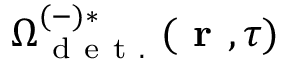
\Omega _ { \mathrm { ~ d ~ e ~ t ~ . ~ } } ^ { ( - ) * } ( \textbf { r } , \tau )